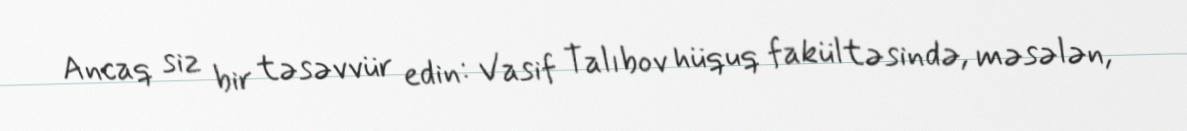
Ancaq siz bir təsəvvür edin: Vasif Talıbov hüquq fakültəsində, məsələn,